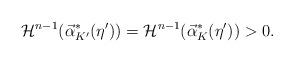
LaTeX: \begin{align*}\mathcal{H}^{n-1}(\vec{\alpha}_{K'}^*(\eta'))=\mathcal{H}^{n-1}(\vec{\alpha}_K^*(\eta'))>0.\end{align*}